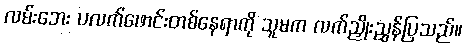
လမ်းဘေး ပလက်ဖောင်းတစ်နေရာကို သူမက လက်ညှိုးညွှန်ပြသည်။